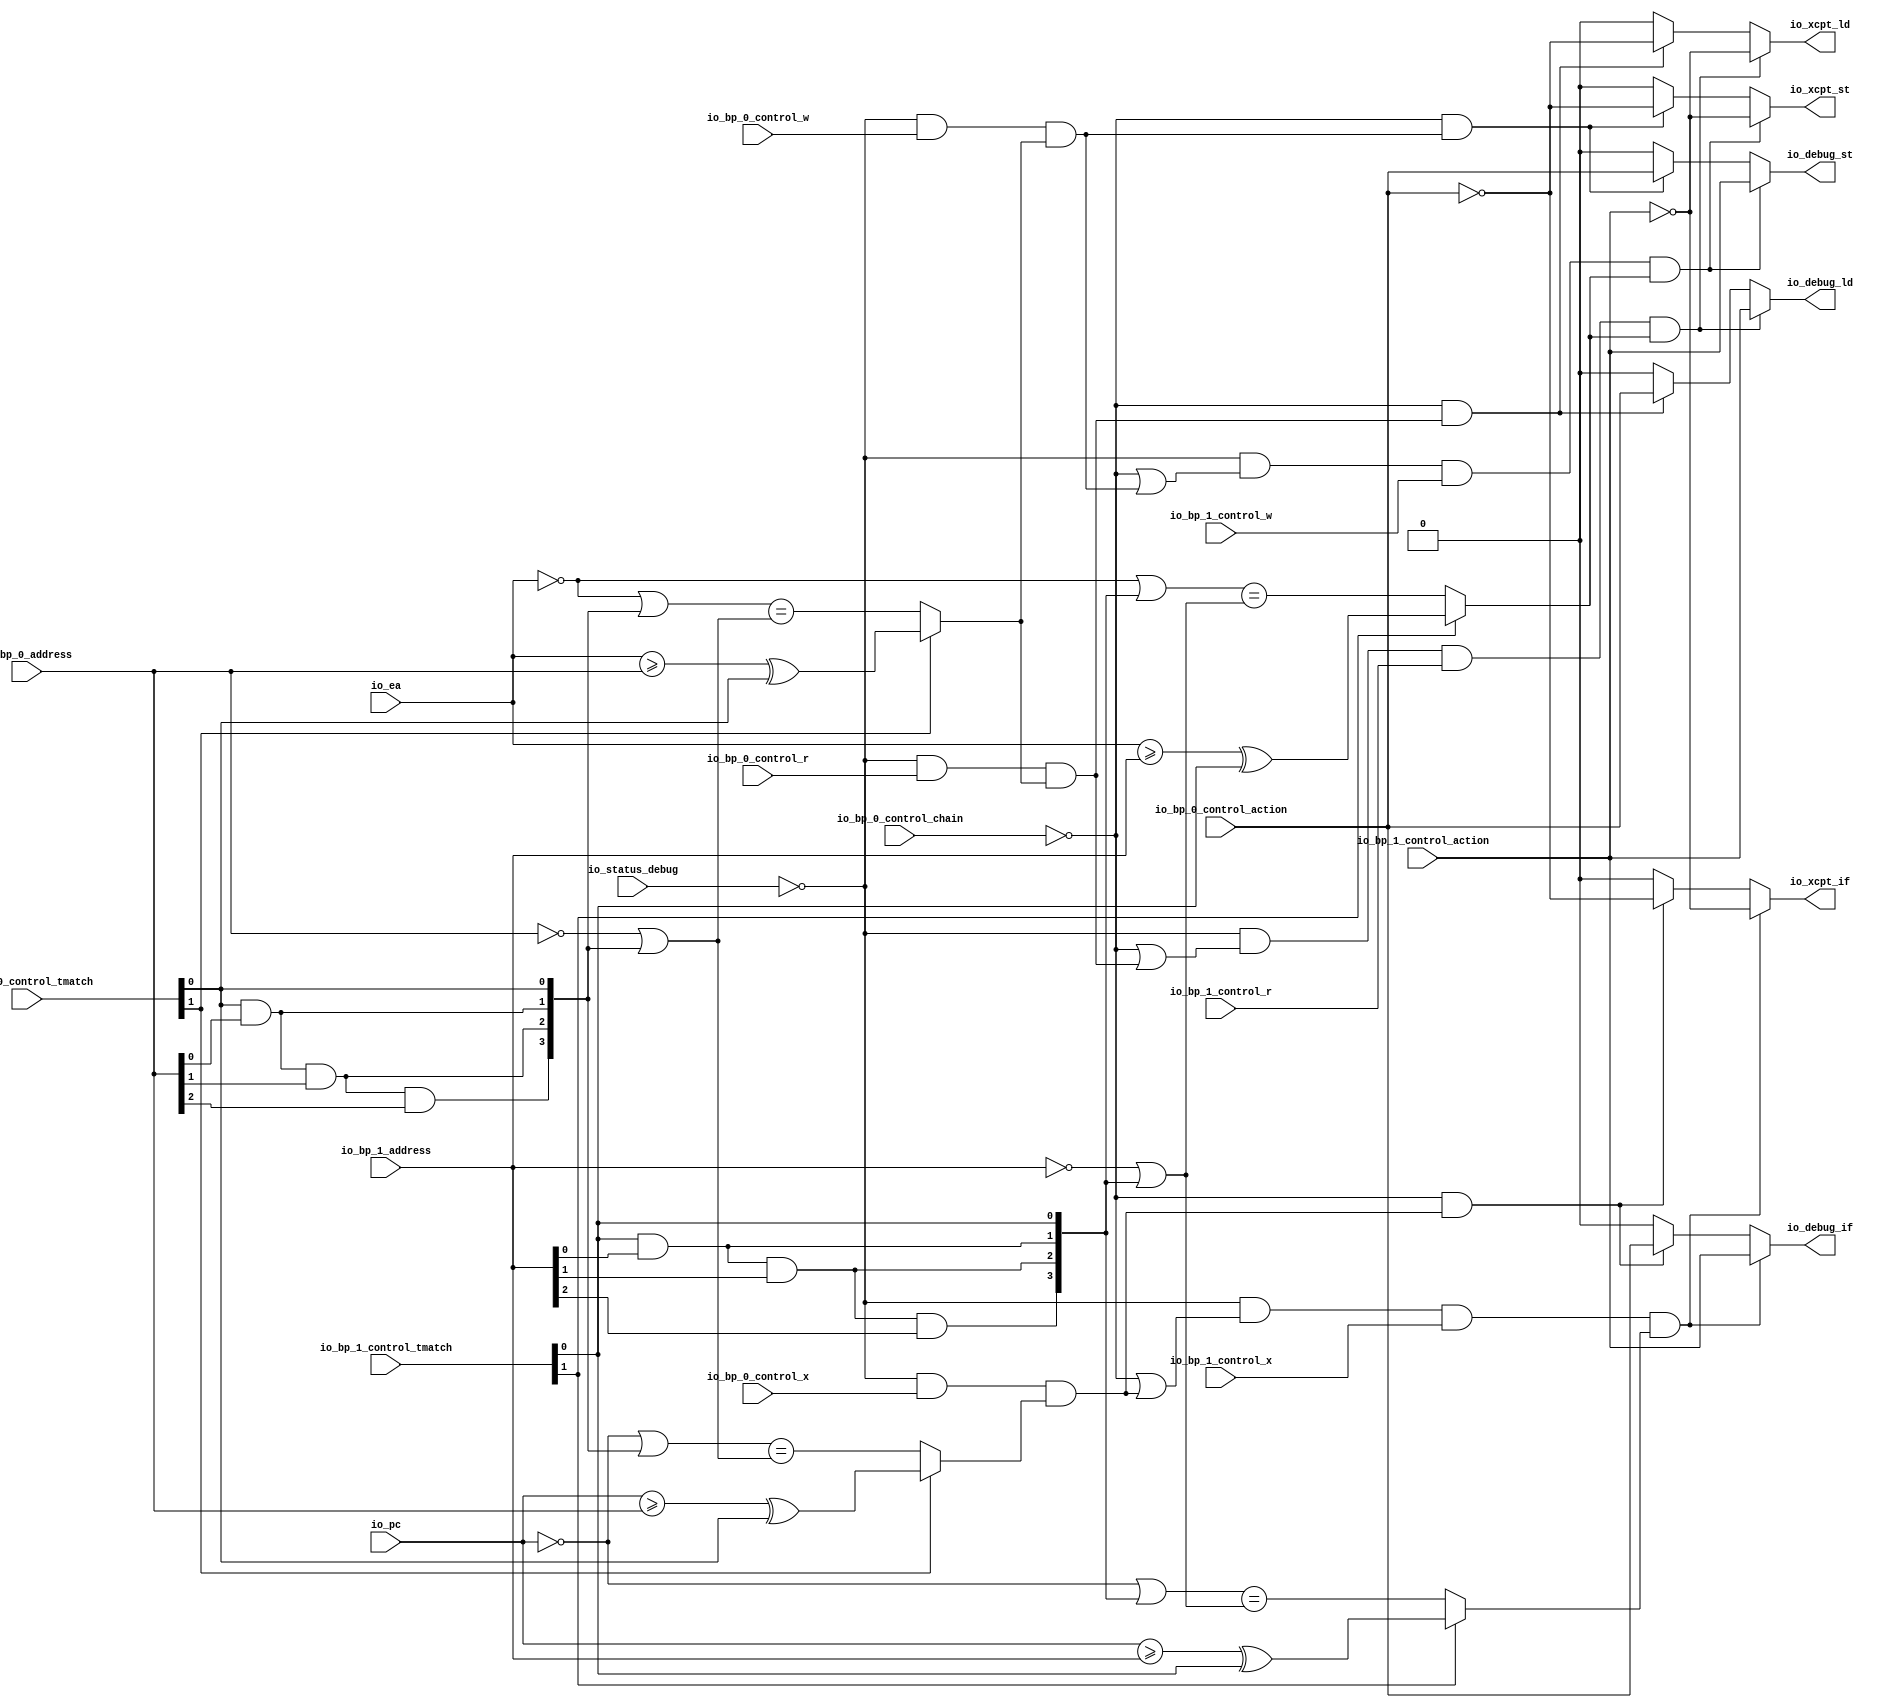
// Copyright (c) 2017, Microsemi Corporation
// All rights reserved.
//
// Redistribution and use in source and binary forms, with or without
// modification, are permitted provided that the following conditions are met:
//     * Redistributions of source code must retain the above copyright
//       notice, this list of conditions and the following disclaimer.
//     * Redistributions in binary form must reproduce the above copyright
//       notice, this list of conditions and the following disclaimer in the
//       documentation and/or other materials provided with the distribution.
//     * Neither the name of the <organization> nor the
//       names of its contributors may be used to endorse or promote products
//       derived from this software without specific prior written permission.
//
// THIS SOFTWARE IS PROVIDED BY THE COPYRIGHT HOLDERS AND CONTRIBUTORS "AS IS" AND
// ANY EXPRESS OR IMPLIED WARRANTIES, INCLUDING, BUT NOT LIMITED TO, THE IMPLIED
// WARRANTIES OF MERCHANTABILITY AND FITNESS FOR A PARTICULAR PURPOSE ARE
// DISCLAIMED. IN NO EVENT SHALL MICROSEMI CORPORATIONM BE LIABLE FOR ANY
// DIRECT, INDIRECT, INCIDENTAL, SPECIAL, EXEMPLARY, OR CONSEQUENTIAL DAMAGES
// (INCLUDING, BUT NOT LIMITED TO, PROCUREMENT OF SUBSTITUTE GOODS OR SERVICES;
// LOSS OF USE, DATA, OR PROFITS; OR BUSINESS INTERRUPTION) HOWEVER CAUSED AND
// ON ANY THEORY OF LIABILITY, WHETHER IN CONTRACT, STRICT LIABILITY, OR TORT
// (INCLUDING NEGLIGENCE OR OTHERWISE) ARISING IN ANY WAY OUT OF THE USE OF THIS
// SOFTWARE, EVEN IF ADVISED OF THE POSSIBILITY OF SUCH DAMAGE.
//
// APACHE LICENSE
// Copyright (c) 2017, Microsemi Corporation 
//
// Licensed under the Apache License, Version 2.0 (the "License");
// you may not use this file except in compliance with the License.
// You may obtain a copy of the License at
//
//    http://www.apache.org/licenses/LICENSE-2.0
//
// Unless required by applicable law or agreed to in writing, software
// distributed under the License is distributed on an "AS IS" BASIS,
// WITHOUT WARRANTIES OR CONDITIONS OF ANY KIND, either express or implied.
// See the License for the specific language governing permissions and
// limitations under the License.
//
// Description:
//
// SVN Revision Information:
// SVN $Revision: $
// SVN $Date: $
//
// Resolved SARs
// SAR      Date     Who   Description
//
// Notes:
//
// ****************************************************************************/
`ifndef RANDOMIZE_REG_INIT 
	 `define RANDOMIZE_REG_INIT 
 `endif
`ifndef RANDOMIZE_MEM_INIT 
	 `define RANDOMIZE_MEM_INIT 
 `endif
`ifndef RANDOMIZE 
	 `define RANDOMIZE 
`endif

`timescale 1ns/10ps
module MiV_AXI_MiV_AXI_0_MIV_RV32IMA_L1_AXI_BREAKPOINT_UNIT( // @[:freechips.rocketchip.system.MivRV32ImaL1AhbConfig.fir@109106.2]
  input         io_status_debug, // @[:freechips.rocketchip.system.MivRV32ImaL1AhbConfig.fir@109109.4]
  input         io_bp_0_control_action, // @[:freechips.rocketchip.system.MivRV32ImaL1AhbConfig.fir@109109.4]
  input         io_bp_0_control_chain, // @[:freechips.rocketchip.system.MivRV32ImaL1AhbConfig.fir@109109.4]
  input  [1:0]  io_bp_0_control_tmatch, // @[:freechips.rocketchip.system.MivRV32ImaL1AhbConfig.fir@109109.4]
  input         io_bp_0_control_x, // @[:freechips.rocketchip.system.MivRV32ImaL1AhbConfig.fir@109109.4]
  input         io_bp_0_control_w, // @[:freechips.rocketchip.system.MivRV32ImaL1AhbConfig.fir@109109.4]
  input         io_bp_0_control_r, // @[:freechips.rocketchip.system.MivRV32ImaL1AhbConfig.fir@109109.4]
  input  [31:0] io_bp_0_address, // @[:freechips.rocketchip.system.MivRV32ImaL1AhbConfig.fir@109109.4]
  input         io_bp_1_control_action, // @[:freechips.rocketchip.system.MivRV32ImaL1AhbConfig.fir@109109.4]
  input  [1:0]  io_bp_1_control_tmatch, // @[:freechips.rocketchip.system.MivRV32ImaL1AhbConfig.fir@109109.4]
  input         io_bp_1_control_x, // @[:freechips.rocketchip.system.MivRV32ImaL1AhbConfig.fir@109109.4]
  input         io_bp_1_control_w, // @[:freechips.rocketchip.system.MivRV32ImaL1AhbConfig.fir@109109.4]
  input         io_bp_1_control_r, // @[:freechips.rocketchip.system.MivRV32ImaL1AhbConfig.fir@109109.4]
  input  [31:0] io_bp_1_address, // @[:freechips.rocketchip.system.MivRV32ImaL1AhbConfig.fir@109109.4]
  input  [31:0] io_pc, // @[:freechips.rocketchip.system.MivRV32ImaL1AhbConfig.fir@109109.4]
  input  [31:0] io_ea, // @[:freechips.rocketchip.system.MivRV32ImaL1AhbConfig.fir@109109.4]
  output        io_xcpt_if, // @[:freechips.rocketchip.system.MivRV32ImaL1AhbConfig.fir@109109.4]
  output        io_xcpt_ld, // @[:freechips.rocketchip.system.MivRV32ImaL1AhbConfig.fir@109109.4]
  output        io_xcpt_st, // @[:freechips.rocketchip.system.MivRV32ImaL1AhbConfig.fir@109109.4]
  output        io_debug_if, // @[:freechips.rocketchip.system.MivRV32ImaL1AhbConfig.fir@109109.4]
  output        io_debug_ld, // @[:freechips.rocketchip.system.MivRV32ImaL1AhbConfig.fir@109109.4]
  output        io_debug_st // @[:freechips.rocketchip.system.MivRV32ImaL1AhbConfig.fir@109109.4]
);
  wire  _T_28; // @[Breakpoint.scala 30:35:freechips.rocketchip.system.MivRV32ImaL1AhbConfig.fir@109120.4]
  wire [3:0] _T_32; // @[Breakpoint.scala 30:68:freechips.rocketchip.system.MivRV32ImaL1AhbConfig.fir@109124.4]
  wire  _T_33; // @[Breakpoint.scala 30:68:freechips.rocketchip.system.MivRV32ImaL1AhbConfig.fir@109125.4]
  wire  _T_34; // @[Breakpoint.scala 30:50:freechips.rocketchip.system.MivRV32ImaL1AhbConfig.fir@109126.4]
  wire  _T_36; // @[Breakpoint.scala 73:22:freechips.rocketchip.system.MivRV32ImaL1AhbConfig.fir@109128.4]
  wire  _T_37; // @[Breakpoint.scala 47:23:freechips.rocketchip.system.MivRV32ImaL1AhbConfig.fir@109129.4]
  wire  _T_38; // @[Breakpoint.scala 44:8:freechips.rocketchip.system.MivRV32ImaL1AhbConfig.fir@109130.4]
  wire  _T_39; // @[Breakpoint.scala 44:36:freechips.rocketchip.system.MivRV32ImaL1AhbConfig.fir@109131.4]
  wire  _T_40; // @[Breakpoint.scala 44:20:freechips.rocketchip.system.MivRV32ImaL1AhbConfig.fir@109132.4]
  wire [31:0] _T_41; // @[Breakpoint.scala 41:6:freechips.rocketchip.system.MivRV32ImaL1AhbConfig.fir@109133.4]
  wire  _T_43; // @[Breakpoint.scala 38:83:freechips.rocketchip.system.MivRV32ImaL1AhbConfig.fir@109135.4]
  wire  _T_44; // @[Breakpoint.scala 38:73:freechips.rocketchip.system.MivRV32ImaL1AhbConfig.fir@109136.4]
  wire  _T_45; // @[Breakpoint.scala 38:83:freechips.rocketchip.system.MivRV32ImaL1AhbConfig.fir@109137.4]
  wire  _T_46; // @[Breakpoint.scala 38:73:freechips.rocketchip.system.MivRV32ImaL1AhbConfig.fir@109138.4]
  wire  _T_47; // @[Breakpoint.scala 38:83:freechips.rocketchip.system.MivRV32ImaL1AhbConfig.fir@109139.4]
  wire  _T_48; // @[Breakpoint.scala 38:73:freechips.rocketchip.system.MivRV32ImaL1AhbConfig.fir@109140.4]
  wire [1:0] _T_49; // @[Cat.scala 30:58:freechips.rocketchip.system.MivRV32ImaL1AhbConfig.fir@109141.4]
  wire [1:0] _T_50; // @[Cat.scala 30:58:freechips.rocketchip.system.MivRV32ImaL1AhbConfig.fir@109142.4]
  wire [3:0] _T_51; // @[Cat.scala 30:58:freechips.rocketchip.system.MivRV32ImaL1AhbConfig.fir@109143.4]
  wire [31:0] _GEN_12; // @[Breakpoint.scala 41:9:freechips.rocketchip.system.MivRV32ImaL1AhbConfig.fir@109144.4]
  wire [31:0] _T_52; // @[Breakpoint.scala 41:9:freechips.rocketchip.system.MivRV32ImaL1AhbConfig.fir@109144.4]
  wire [31:0] _T_53; // @[Breakpoint.scala 41:24:freechips.rocketchip.system.MivRV32ImaL1AhbConfig.fir@109145.4]
  wire [31:0] _T_64; // @[Breakpoint.scala 41:33:freechips.rocketchip.system.MivRV32ImaL1AhbConfig.fir@109156.4]
  wire  _T_65; // @[Breakpoint.scala 41:19:freechips.rocketchip.system.MivRV32ImaL1AhbConfig.fir@109157.4]
  wire  _T_66; // @[Breakpoint.scala 47:8:freechips.rocketchip.system.MivRV32ImaL1AhbConfig.fir@109158.4]
  wire  _T_67; // @[Breakpoint.scala 73:38:freechips.rocketchip.system.MivRV32ImaL1AhbConfig.fir@109159.4]
  wire  _T_69; // @[Breakpoint.scala 74:22:freechips.rocketchip.system.MivRV32ImaL1AhbConfig.fir@109161.4]
  wire  _T_100; // @[Breakpoint.scala 74:38:freechips.rocketchip.system.MivRV32ImaL1AhbConfig.fir@109192.4]
  wire  _T_102; // @[Breakpoint.scala 75:22:freechips.rocketchip.system.MivRV32ImaL1AhbConfig.fir@109194.4]
  wire  _T_104; // @[Breakpoint.scala 44:8:freechips.rocketchip.system.MivRV32ImaL1AhbConfig.fir@109196.4]
  wire  _T_106; // @[Breakpoint.scala 44:20:freechips.rocketchip.system.MivRV32ImaL1AhbConfig.fir@109198.4]
  wire [31:0] _T_107; // @[Breakpoint.scala 41:6:freechips.rocketchip.system.MivRV32ImaL1AhbConfig.fir@109199.4]
  wire [31:0] _T_118; // @[Breakpoint.scala 41:9:freechips.rocketchip.system.MivRV32ImaL1AhbConfig.fir@109210.4]
  wire  _T_131; // @[Breakpoint.scala 41:19:freechips.rocketchip.system.MivRV32ImaL1AhbConfig.fir@109223.4]
  wire  _T_132; // @[Breakpoint.scala 47:8:freechips.rocketchip.system.MivRV32ImaL1AhbConfig.fir@109224.4]
  wire  _T_133; // @[Breakpoint.scala 75:38:freechips.rocketchip.system.MivRV32ImaL1AhbConfig.fir@109225.4]
  wire  _T_135; // @[Breakpoint.scala 76:15:freechips.rocketchip.system.MivRV32ImaL1AhbConfig.fir@109226.4]
  wire  _T_136; // @[Breakpoint.scala 78:15:freechips.rocketchip.system.MivRV32ImaL1AhbConfig.fir@109227.4]
  wire  _T_138; // @[Breakpoint.scala 78:37:freechips.rocketchip.system.MivRV32ImaL1AhbConfig.fir@109229.6]
  wire  _GEN_0; // @[Breakpoint.scala 78:21:freechips.rocketchip.system.MivRV32ImaL1AhbConfig.fir@109228.4]
  wire  _GEN_1; // @[Breakpoint.scala 78:21:freechips.rocketchip.system.MivRV32ImaL1AhbConfig.fir@109228.4]
  wire  _T_139; // @[Breakpoint.scala 79:15:freechips.rocketchip.system.MivRV32ImaL1AhbConfig.fir@109233.4]
  wire  _GEN_2; // @[Breakpoint.scala 79:21:freechips.rocketchip.system.MivRV32ImaL1AhbConfig.fir@109234.4]
  wire  _GEN_3; // @[Breakpoint.scala 79:21:freechips.rocketchip.system.MivRV32ImaL1AhbConfig.fir@109234.4]
  wire  _T_142; // @[Breakpoint.scala 80:15:freechips.rocketchip.system.MivRV32ImaL1AhbConfig.fir@109239.4]
  wire  _GEN_4; // @[Breakpoint.scala 80:21:freechips.rocketchip.system.MivRV32ImaL1AhbConfig.fir@109240.4]
  wire  _GEN_5; // @[Breakpoint.scala 80:21:freechips.rocketchip.system.MivRV32ImaL1AhbConfig.fir@109240.4]
  wire  _T_145; // @[Breakpoint.scala 82:10:freechips.rocketchip.system.MivRV32ImaL1AhbConfig.fir@109245.4]
  wire  _T_146; // @[Breakpoint.scala 82:20:freechips.rocketchip.system.MivRV32ImaL1AhbConfig.fir@109246.4]
  wire  _T_147; // @[Breakpoint.scala 82:30:freechips.rocketchip.system.MivRV32ImaL1AhbConfig.fir@109247.4]
  wire  _T_156; // @[Breakpoint.scala 73:16:freechips.rocketchip.system.MivRV32ImaL1AhbConfig.fir@109255.4]
  wire  _T_157; // @[Breakpoint.scala 73:22:freechips.rocketchip.system.MivRV32ImaL1AhbConfig.fir@109256.4]
  wire  _T_158; // @[Breakpoint.scala 47:23:freechips.rocketchip.system.MivRV32ImaL1AhbConfig.fir@109257.4]
  wire  _T_159; // @[Breakpoint.scala 44:8:freechips.rocketchip.system.MivRV32ImaL1AhbConfig.fir@109258.4]
  wire  _T_160; // @[Breakpoint.scala 44:36:freechips.rocketchip.system.MivRV32ImaL1AhbConfig.fir@109259.4]
  wire  _T_161; // @[Breakpoint.scala 44:20:freechips.rocketchip.system.MivRV32ImaL1AhbConfig.fir@109260.4]
  wire  _T_164; // @[Breakpoint.scala 38:83:freechips.rocketchip.system.MivRV32ImaL1AhbConfig.fir@109263.4]
  wire  _T_165; // @[Breakpoint.scala 38:73:freechips.rocketchip.system.MivRV32ImaL1AhbConfig.fir@109264.4]
  wire  _T_166; // @[Breakpoint.scala 38:83:freechips.rocketchip.system.MivRV32ImaL1AhbConfig.fir@109265.4]
  wire  _T_167; // @[Breakpoint.scala 38:73:freechips.rocketchip.system.MivRV32ImaL1AhbConfig.fir@109266.4]
  wire  _T_168; // @[Breakpoint.scala 38:83:freechips.rocketchip.system.MivRV32ImaL1AhbConfig.fir@109267.4]
  wire  _T_169; // @[Breakpoint.scala 38:73:freechips.rocketchip.system.MivRV32ImaL1AhbConfig.fir@109268.4]
  wire [1:0] _T_170; // @[Cat.scala 30:58:freechips.rocketchip.system.MivRV32ImaL1AhbConfig.fir@109269.4]
  wire [1:0] _T_171; // @[Cat.scala 30:58:freechips.rocketchip.system.MivRV32ImaL1AhbConfig.fir@109270.4]
  wire [3:0] _T_172; // @[Cat.scala 30:58:freechips.rocketchip.system.MivRV32ImaL1AhbConfig.fir@109271.4]
  wire [31:0] _GEN_18; // @[Breakpoint.scala 41:9:freechips.rocketchip.system.MivRV32ImaL1AhbConfig.fir@109272.4]
  wire [31:0] _T_173; // @[Breakpoint.scala 41:9:freechips.rocketchip.system.MivRV32ImaL1AhbConfig.fir@109272.4]
  wire [31:0] _T_174; // @[Breakpoint.scala 41:24:freechips.rocketchip.system.MivRV32ImaL1AhbConfig.fir@109273.4]
  wire [31:0] _T_185; // @[Breakpoint.scala 41:33:freechips.rocketchip.system.MivRV32ImaL1AhbConfig.fir@109284.4]
  wire  _T_186; // @[Breakpoint.scala 41:19:freechips.rocketchip.system.MivRV32ImaL1AhbConfig.fir@109285.4]
  wire  _T_187; // @[Breakpoint.scala 47:8:freechips.rocketchip.system.MivRV32ImaL1AhbConfig.fir@109286.4]
  wire  _T_188; // @[Breakpoint.scala 73:38:freechips.rocketchip.system.MivRV32ImaL1AhbConfig.fir@109287.4]
  wire  _T_189; // @[Breakpoint.scala 74:16:freechips.rocketchip.system.MivRV32ImaL1AhbConfig.fir@109288.4]
  wire  _T_190; // @[Breakpoint.scala 74:22:freechips.rocketchip.system.MivRV32ImaL1AhbConfig.fir@109289.4]
  wire  _T_221; // @[Breakpoint.scala 74:38:freechips.rocketchip.system.MivRV32ImaL1AhbConfig.fir@109320.4]
  wire  _T_222; // @[Breakpoint.scala 75:16:freechips.rocketchip.system.MivRV32ImaL1AhbConfig.fir@109321.4]
  wire  _T_223; // @[Breakpoint.scala 75:22:freechips.rocketchip.system.MivRV32ImaL1AhbConfig.fir@109322.4]
  wire  _T_225; // @[Breakpoint.scala 44:8:freechips.rocketchip.system.MivRV32ImaL1AhbConfig.fir@109324.4]
  wire  _T_227; // @[Breakpoint.scala 44:20:freechips.rocketchip.system.MivRV32ImaL1AhbConfig.fir@109326.4]
  wire [31:0] _T_239; // @[Breakpoint.scala 41:9:freechips.rocketchip.system.MivRV32ImaL1AhbConfig.fir@109338.4]
  wire  _T_252; // @[Breakpoint.scala 41:19:freechips.rocketchip.system.MivRV32ImaL1AhbConfig.fir@109351.4]
  wire  _T_253; // @[Breakpoint.scala 47:8:freechips.rocketchip.system.MivRV32ImaL1AhbConfig.fir@109352.4]
  wire  _T_254; // @[Breakpoint.scala 75:38:freechips.rocketchip.system.MivRV32ImaL1AhbConfig.fir@109353.4]
  wire  _T_259; // @[Breakpoint.scala 78:37:freechips.rocketchip.system.MivRV32ImaL1AhbConfig.fir@109357.6]
  wire  _GEN_6; // @[Breakpoint.scala 78:21:freechips.rocketchip.system.MivRV32ImaL1AhbConfig.fir@109356.4]
  wire  _GEN_7; // @[Breakpoint.scala 78:21:freechips.rocketchip.system.MivRV32ImaL1AhbConfig.fir@109356.4]
  wire  _GEN_8; // @[Breakpoint.scala 79:21:freechips.rocketchip.system.MivRV32ImaL1AhbConfig.fir@109362.4]
  wire  _GEN_9; // @[Breakpoint.scala 79:21:freechips.rocketchip.system.MivRV32ImaL1AhbConfig.fir@109362.4]
  wire  _GEN_10; // @[Breakpoint.scala 80:21:freechips.rocketchip.system.MivRV32ImaL1AhbConfig.fir@109368.4]
  wire  _GEN_11; // @[Breakpoint.scala 80:21:freechips.rocketchip.system.MivRV32ImaL1AhbConfig.fir@109368.4]
  assign _T_28 = io_status_debug == 1'h0; // @[Breakpoint.scala 30:35:freechips.rocketchip.system.MivRV32ImaL1AhbConfig.fir@109120.4]
  assign _T_32 = 4'h8 >> 2'h3; // @[Breakpoint.scala 30:68:freechips.rocketchip.system.MivRV32ImaL1AhbConfig.fir@109124.4]
  assign _T_33 = _T_32[0]; // @[Breakpoint.scala 30:68:freechips.rocketchip.system.MivRV32ImaL1AhbConfig.fir@109125.4]
  assign _T_34 = _T_28 & _T_33; // @[Breakpoint.scala 30:50:freechips.rocketchip.system.MivRV32ImaL1AhbConfig.fir@109126.4]
  assign _T_36 = _T_34 & io_bp_0_control_r; // @[Breakpoint.scala 73:22:freechips.rocketchip.system.MivRV32ImaL1AhbConfig.fir@109128.4]
  assign _T_37 = io_bp_0_control_tmatch[1]; // @[Breakpoint.scala 47:23:freechips.rocketchip.system.MivRV32ImaL1AhbConfig.fir@109129.4]
  assign _T_38 = io_ea >= io_bp_0_address; // @[Breakpoint.scala 44:8:freechips.rocketchip.system.MivRV32ImaL1AhbConfig.fir@109130.4]
  assign _T_39 = io_bp_0_control_tmatch[0]; // @[Breakpoint.scala 44:36:freechips.rocketchip.system.MivRV32ImaL1AhbConfig.fir@109131.4]
  assign _T_40 = _T_38 ^ _T_39; // @[Breakpoint.scala 44:20:freechips.rocketchip.system.MivRV32ImaL1AhbConfig.fir@109132.4]
  assign _T_41 = ~ io_ea; // @[Breakpoint.scala 41:6:freechips.rocketchip.system.MivRV32ImaL1AhbConfig.fir@109133.4]
  assign _T_43 = io_bp_0_address[0]; // @[Breakpoint.scala 38:83:freechips.rocketchip.system.MivRV32ImaL1AhbConfig.fir@109135.4]
  assign _T_44 = _T_39 & _T_43; // @[Breakpoint.scala 38:73:freechips.rocketchip.system.MivRV32ImaL1AhbConfig.fir@109136.4]
  assign _T_45 = io_bp_0_address[1]; // @[Breakpoint.scala 38:83:freechips.rocketchip.system.MivRV32ImaL1AhbConfig.fir@109137.4]
  assign _T_46 = _T_44 & _T_45; // @[Breakpoint.scala 38:73:freechips.rocketchip.system.MivRV32ImaL1AhbConfig.fir@109138.4]
  assign _T_47 = io_bp_0_address[2]; // @[Breakpoint.scala 38:83:freechips.rocketchip.system.MivRV32ImaL1AhbConfig.fir@109139.4]
  assign _T_48 = _T_46 & _T_47; // @[Breakpoint.scala 38:73:freechips.rocketchip.system.MivRV32ImaL1AhbConfig.fir@109140.4]
  assign _T_49 = {_T_44,_T_39}; // @[Cat.scala 30:58:freechips.rocketchip.system.MivRV32ImaL1AhbConfig.fir@109141.4]
  assign _T_50 = {_T_48,_T_46}; // @[Cat.scala 30:58:freechips.rocketchip.system.MivRV32ImaL1AhbConfig.fir@109142.4]
  assign _T_51 = {_T_50,_T_49}; // @[Cat.scala 30:58:freechips.rocketchip.system.MivRV32ImaL1AhbConfig.fir@109143.4]
  assign _GEN_12 = {{28'd0}, _T_51}; // @[Breakpoint.scala 41:9:freechips.rocketchip.system.MivRV32ImaL1AhbConfig.fir@109144.4]
  assign _T_52 = _T_41 | _GEN_12; // @[Breakpoint.scala 41:9:freechips.rocketchip.system.MivRV32ImaL1AhbConfig.fir@109144.4]
  assign _T_53 = ~ io_bp_0_address; // @[Breakpoint.scala 41:24:freechips.rocketchip.system.MivRV32ImaL1AhbConfig.fir@109145.4]
  assign _T_64 = _T_53 | _GEN_12; // @[Breakpoint.scala 41:33:freechips.rocketchip.system.MivRV32ImaL1AhbConfig.fir@109156.4]
  assign _T_65 = _T_52 == _T_64; // @[Breakpoint.scala 41:19:freechips.rocketchip.system.MivRV32ImaL1AhbConfig.fir@109157.4]
  assign _T_66 = _T_37 ? _T_40 : _T_65; // @[Breakpoint.scala 47:8:freechips.rocketchip.system.MivRV32ImaL1AhbConfig.fir@109158.4]
  assign _T_67 = _T_36 & _T_66; // @[Breakpoint.scala 73:38:freechips.rocketchip.system.MivRV32ImaL1AhbConfig.fir@109159.4]
  assign _T_69 = _T_34 & io_bp_0_control_w; // @[Breakpoint.scala 74:22:freechips.rocketchip.system.MivRV32ImaL1AhbConfig.fir@109161.4]
  assign _T_100 = _T_69 & _T_66; // @[Breakpoint.scala 74:38:freechips.rocketchip.system.MivRV32ImaL1AhbConfig.fir@109192.4]
  assign _T_102 = _T_34 & io_bp_0_control_x; // @[Breakpoint.scala 75:22:freechips.rocketchip.system.MivRV32ImaL1AhbConfig.fir@109194.4]
  assign _T_104 = io_pc >= io_bp_0_address; // @[Breakpoint.scala 44:8:freechips.rocketchip.system.MivRV32ImaL1AhbConfig.fir@109196.4]
  assign _T_106 = _T_104 ^ _T_39; // @[Breakpoint.scala 44:20:freechips.rocketchip.system.MivRV32ImaL1AhbConfig.fir@109198.4]
  assign _T_107 = ~ io_pc; // @[Breakpoint.scala 41:6:freechips.rocketchip.system.MivRV32ImaL1AhbConfig.fir@109199.4]
  assign _T_118 = _T_107 | _GEN_12; // @[Breakpoint.scala 41:9:freechips.rocketchip.system.MivRV32ImaL1AhbConfig.fir@109210.4]
  assign _T_131 = _T_118 == _T_64; // @[Breakpoint.scala 41:19:freechips.rocketchip.system.MivRV32ImaL1AhbConfig.fir@109223.4]
  assign _T_132 = _T_37 ? _T_106 : _T_131; // @[Breakpoint.scala 47:8:freechips.rocketchip.system.MivRV32ImaL1AhbConfig.fir@109224.4]
  assign _T_133 = _T_102 & _T_132; // @[Breakpoint.scala 75:38:freechips.rocketchip.system.MivRV32ImaL1AhbConfig.fir@109225.4]
  assign _T_135 = io_bp_0_control_chain == 1'h0; // @[Breakpoint.scala 76:15:freechips.rocketchip.system.MivRV32ImaL1AhbConfig.fir@109226.4]
  assign _T_136 = _T_135 & _T_67; // @[Breakpoint.scala 78:15:freechips.rocketchip.system.MivRV32ImaL1AhbConfig.fir@109227.4]
  assign _T_138 = io_bp_0_control_action == 1'h0; // @[Breakpoint.scala 78:37:freechips.rocketchip.system.MivRV32ImaL1AhbConfig.fir@109229.6]
  assign _GEN_0 = _T_136 ? _T_138 : 1'h0; // @[Breakpoint.scala 78:21:freechips.rocketchip.system.MivRV32ImaL1AhbConfig.fir@109228.4]
  assign _GEN_1 = _T_136 ? io_bp_0_control_action : 1'h0; // @[Breakpoint.scala 78:21:freechips.rocketchip.system.MivRV32ImaL1AhbConfig.fir@109228.4]
  assign _T_139 = _T_135 & _T_100; // @[Breakpoint.scala 79:15:freechips.rocketchip.system.MivRV32ImaL1AhbConfig.fir@109233.4]
  assign _GEN_2 = _T_139 ? _T_138 : 1'h0; // @[Breakpoint.scala 79:21:freechips.rocketchip.system.MivRV32ImaL1AhbConfig.fir@109234.4]
  assign _GEN_3 = _T_139 ? io_bp_0_control_action : 1'h0; // @[Breakpoint.scala 79:21:freechips.rocketchip.system.MivRV32ImaL1AhbConfig.fir@109234.4]
  assign _T_142 = _T_135 & _T_133; // @[Breakpoint.scala 80:15:freechips.rocketchip.system.MivRV32ImaL1AhbConfig.fir@109239.4]
  assign _GEN_4 = _T_142 ? _T_138 : 1'h0; // @[Breakpoint.scala 80:21:freechips.rocketchip.system.MivRV32ImaL1AhbConfig.fir@109240.4]
  assign _GEN_5 = _T_142 ? io_bp_0_control_action : 1'h0; // @[Breakpoint.scala 80:21:freechips.rocketchip.system.MivRV32ImaL1AhbConfig.fir@109240.4]
  assign _T_145 = _T_135 | _T_67; // @[Breakpoint.scala 82:10:freechips.rocketchip.system.MivRV32ImaL1AhbConfig.fir@109245.4]
  assign _T_146 = _T_135 | _T_100; // @[Breakpoint.scala 82:20:freechips.rocketchip.system.MivRV32ImaL1AhbConfig.fir@109246.4]
  assign _T_147 = _T_135 | _T_133; // @[Breakpoint.scala 82:30:freechips.rocketchip.system.MivRV32ImaL1AhbConfig.fir@109247.4]
  assign _T_156 = _T_34 & _T_145; // @[Breakpoint.scala 73:16:freechips.rocketchip.system.MivRV32ImaL1AhbConfig.fir@109255.4]
  assign _T_157 = _T_156 & io_bp_1_control_r; // @[Breakpoint.scala 73:22:freechips.rocketchip.system.MivRV32ImaL1AhbConfig.fir@109256.4]
  assign _T_158 = io_bp_1_control_tmatch[1]; // @[Breakpoint.scala 47:23:freechips.rocketchip.system.MivRV32ImaL1AhbConfig.fir@109257.4]
  assign _T_159 = io_ea >= io_bp_1_address; // @[Breakpoint.scala 44:8:freechips.rocketchip.system.MivRV32ImaL1AhbConfig.fir@109258.4]
  assign _T_160 = io_bp_1_control_tmatch[0]; // @[Breakpoint.scala 44:36:freechips.rocketchip.system.MivRV32ImaL1AhbConfig.fir@109259.4]
  assign _T_161 = _T_159 ^ _T_160; // @[Breakpoint.scala 44:20:freechips.rocketchip.system.MivRV32ImaL1AhbConfig.fir@109260.4]
  assign _T_164 = io_bp_1_address[0]; // @[Breakpoint.scala 38:83:freechips.rocketchip.system.MivRV32ImaL1AhbConfig.fir@109263.4]
  assign _T_165 = _T_160 & _T_164; // @[Breakpoint.scala 38:73:freechips.rocketchip.system.MivRV32ImaL1AhbConfig.fir@109264.4]
  assign _T_166 = io_bp_1_address[1]; // @[Breakpoint.scala 38:83:freechips.rocketchip.system.MivRV32ImaL1AhbConfig.fir@109265.4]
  assign _T_167 = _T_165 & _T_166; // @[Breakpoint.scala 38:73:freechips.rocketchip.system.MivRV32ImaL1AhbConfig.fir@109266.4]
  assign _T_168 = io_bp_1_address[2]; // @[Breakpoint.scala 38:83:freechips.rocketchip.system.MivRV32ImaL1AhbConfig.fir@109267.4]
  assign _T_169 = _T_167 & _T_168; // @[Breakpoint.scala 38:73:freechips.rocketchip.system.MivRV32ImaL1AhbConfig.fir@109268.4]
  assign _T_170 = {_T_165,_T_160}; // @[Cat.scala 30:58:freechips.rocketchip.system.MivRV32ImaL1AhbConfig.fir@109269.4]
  assign _T_171 = {_T_169,_T_167}; // @[Cat.scala 30:58:freechips.rocketchip.system.MivRV32ImaL1AhbConfig.fir@109270.4]
  assign _T_172 = {_T_171,_T_170}; // @[Cat.scala 30:58:freechips.rocketchip.system.MivRV32ImaL1AhbConfig.fir@109271.4]
  assign _GEN_18 = {{28'd0}, _T_172}; // @[Breakpoint.scala 41:9:freechips.rocketchip.system.MivRV32ImaL1AhbConfig.fir@109272.4]
  assign _T_173 = _T_41 | _GEN_18; // @[Breakpoint.scala 41:9:freechips.rocketchip.system.MivRV32ImaL1AhbConfig.fir@109272.4]
  assign _T_174 = ~ io_bp_1_address; // @[Breakpoint.scala 41:24:freechips.rocketchip.system.MivRV32ImaL1AhbConfig.fir@109273.4]
  assign _T_185 = _T_174 | _GEN_18; // @[Breakpoint.scala 41:33:freechips.rocketchip.system.MivRV32ImaL1AhbConfig.fir@109284.4]
  assign _T_186 = _T_173 == _T_185; // @[Breakpoint.scala 41:19:freechips.rocketchip.system.MivRV32ImaL1AhbConfig.fir@109285.4]
  assign _T_187 = _T_158 ? _T_161 : _T_186; // @[Breakpoint.scala 47:8:freechips.rocketchip.system.MivRV32ImaL1AhbConfig.fir@109286.4]
  assign _T_188 = _T_157 & _T_187; // @[Breakpoint.scala 73:38:freechips.rocketchip.system.MivRV32ImaL1AhbConfig.fir@109287.4]
  assign _T_189 = _T_34 & _T_146; // @[Breakpoint.scala 74:16:freechips.rocketchip.system.MivRV32ImaL1AhbConfig.fir@109288.4]
  assign _T_190 = _T_189 & io_bp_1_control_w; // @[Breakpoint.scala 74:22:freechips.rocketchip.system.MivRV32ImaL1AhbConfig.fir@109289.4]
  assign _T_221 = _T_190 & _T_187; // @[Breakpoint.scala 74:38:freechips.rocketchip.system.MivRV32ImaL1AhbConfig.fir@109320.4]
  assign _T_222 = _T_34 & _T_147; // @[Breakpoint.scala 75:16:freechips.rocketchip.system.MivRV32ImaL1AhbConfig.fir@109321.4]
  assign _T_223 = _T_222 & io_bp_1_control_x; // @[Breakpoint.scala 75:22:freechips.rocketchip.system.MivRV32ImaL1AhbConfig.fir@109322.4]
  assign _T_225 = io_pc >= io_bp_1_address; // @[Breakpoint.scala 44:8:freechips.rocketchip.system.MivRV32ImaL1AhbConfig.fir@109324.4]
  assign _T_227 = _T_225 ^ _T_160; // @[Breakpoint.scala 44:20:freechips.rocketchip.system.MivRV32ImaL1AhbConfig.fir@109326.4]
  assign _T_239 = _T_107 | _GEN_18; // @[Breakpoint.scala 41:9:freechips.rocketchip.system.MivRV32ImaL1AhbConfig.fir@109338.4]
  assign _T_252 = _T_239 == _T_185; // @[Breakpoint.scala 41:19:freechips.rocketchip.system.MivRV32ImaL1AhbConfig.fir@109351.4]
  assign _T_253 = _T_158 ? _T_227 : _T_252; // @[Breakpoint.scala 47:8:freechips.rocketchip.system.MivRV32ImaL1AhbConfig.fir@109352.4]
  assign _T_254 = _T_223 & _T_253; // @[Breakpoint.scala 75:38:freechips.rocketchip.system.MivRV32ImaL1AhbConfig.fir@109353.4]
  assign _T_259 = io_bp_1_control_action == 1'h0; // @[Breakpoint.scala 78:37:freechips.rocketchip.system.MivRV32ImaL1AhbConfig.fir@109357.6]
  assign _GEN_6 = _T_188 ? _T_259 : _GEN_0; // @[Breakpoint.scala 78:21:freechips.rocketchip.system.MivRV32ImaL1AhbConfig.fir@109356.4]
  assign _GEN_7 = _T_188 ? io_bp_1_control_action : _GEN_1; // @[Breakpoint.scala 78:21:freechips.rocketchip.system.MivRV32ImaL1AhbConfig.fir@109356.4]
  assign _GEN_8 = _T_221 ? _T_259 : _GEN_2; // @[Breakpoint.scala 79:21:freechips.rocketchip.system.MivRV32ImaL1AhbConfig.fir@109362.4]
  assign _GEN_9 = _T_221 ? io_bp_1_control_action : _GEN_3; // @[Breakpoint.scala 79:21:freechips.rocketchip.system.MivRV32ImaL1AhbConfig.fir@109362.4]
  assign _GEN_10 = _T_254 ? _T_259 : _GEN_4; // @[Breakpoint.scala 80:21:freechips.rocketchip.system.MivRV32ImaL1AhbConfig.fir@109368.4]
  assign _GEN_11 = _T_254 ? io_bp_1_control_action : _GEN_5; // @[Breakpoint.scala 80:21:freechips.rocketchip.system.MivRV32ImaL1AhbConfig.fir@109368.4]
  assign io_xcpt_if = _GEN_10;
  assign io_xcpt_ld = _GEN_6;
  assign io_xcpt_st = _GEN_8;
  assign io_debug_if = _GEN_11;
  assign io_debug_ld = _GEN_7;
  assign io_debug_st = _GEN_9;
endmodule